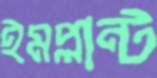
ইমপ্লান্ট